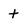
Character: t